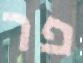
פר